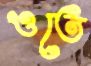
ওতে